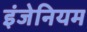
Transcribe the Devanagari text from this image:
इंजेनियम